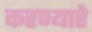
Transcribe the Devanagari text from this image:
करण्यारे